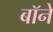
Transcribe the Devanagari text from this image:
बॉने